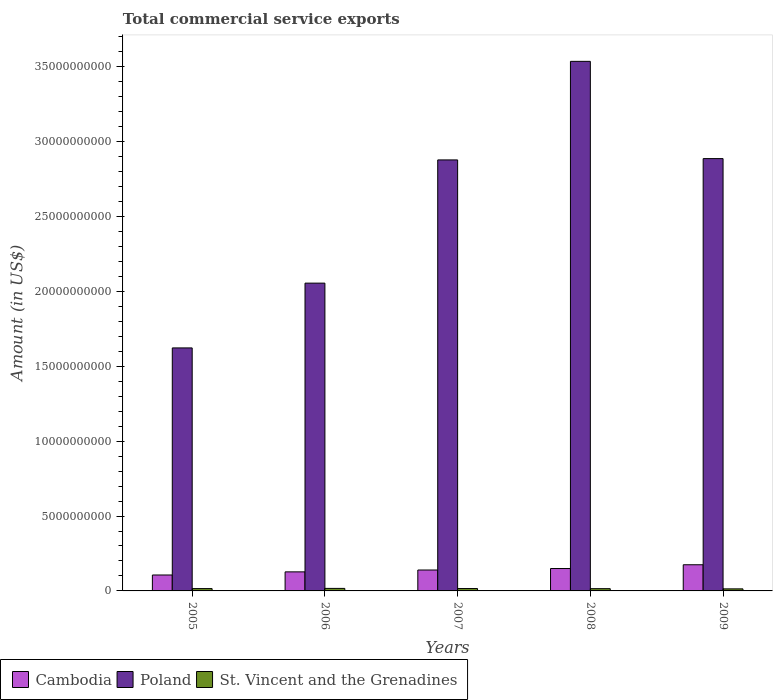
| Years | Cambodia | Poland | St. Vincent and the Grenadines |
 | --- | --- | --- | --- |
 | 2005 | 1.06e+09 | 1.62e+10 | 1.56e+08 |
 | 2006 | 1.27e+09 | 2.05e+10 | 1.69e+08 |
 | 2007 | 1.4e+09 | 2.88e+10 | 1.59e+08 |
 | 2008 | 1.49e+09 | 3.54e+10 | 1.51e+08 |
 | 2009 | 1.75e+09 | 2.89e+10 | 1.37e+08 |